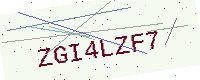
Text: ZGI4LZF7